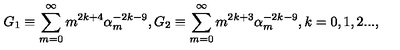
G _ { 1 } \equiv \sum _ { m = 0 } ^ { \infty } m ^ { 2 k + 4 } \alpha _ { m } ^ { - 2 k - 9 } , G _ { 2 } \equiv \sum _ { m = 0 } ^ { \infty } m ^ { 2 k + 3 } \alpha _ { m } ^ { - 2 k - 9 } , k = 0 , 1 , 2 . . . ,